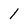
Character: 1